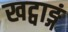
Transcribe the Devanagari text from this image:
खट्वाङ्गं